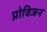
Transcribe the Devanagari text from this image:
प्रोविजन